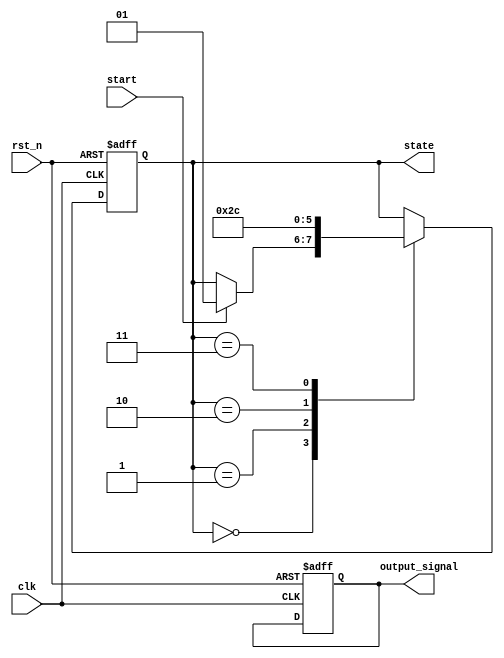
module fsm_example (
    input wire clk,           // Clock signal
    input wire rst_n,        // Asynchronous active-low reset signal
    input wire start,        // Input signal to start the FSM
    output reg [1:0] state,  // State variable (2-bit for 4 states)
    output reg output_signal  // Example output signal
);

// State encoding
localparam IDLE   = 2'b00;  // Idle state
localparam STATE1 = 2'b01;  // State 1
localparam STATE2 = 2'b10;  // State 2
localparam STATE3 = 2'b11;  // State 3

// Default State Initialization
always @(posedge clk or negedge rst_n) begin
    if (!rst_n) begin
        // Reset condition: Initialize state and output
        state <= IDLE;          // Set initial state to IDLE
        output_signal <= 1'b0;  // Initialize output signal to low
    end else begin
        // State transition logic (to be defined)
        case (state)
            IDLE: begin
                if (start) begin
                    state <= STATE1; // Transition to STATE1 on start signal
                end
            end
            STATE1: begin
                // Logic for STATE1
                state <= STATE2; // Example transition to STATE2
            end
            STATE2: begin
                // Logic for STATE2
                state <= STATE3; // Example transition to STATE3
            end
            STATE3: begin
                // Logic for STATE3
                state <= IDLE;   // Transition back to IDLE
            end
            default: state <= IDLE; // Default case to avoid latches
        endcase
    end
end

endmodule